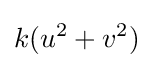
k(u^{2}+v^{2})